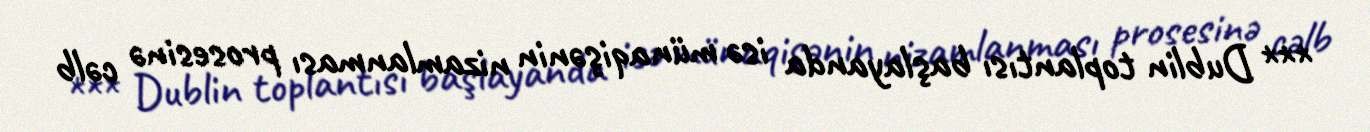
*** Dublin toplantısı başlayanda isə münaqişənin nizamlanması prosesinə cəlb